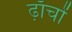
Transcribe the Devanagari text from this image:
ढ़ाँचों